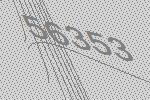
56353